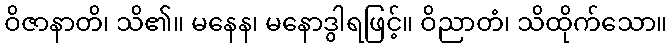
ဝိဇာနာတိ၊ သိ၏။ မနေန၊ မနောဒွါရဖြင့်။ ဝိညာတံ၊ သိထိုက်သော။